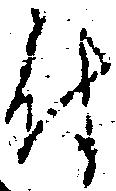
付